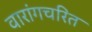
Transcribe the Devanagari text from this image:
वारांगचरित